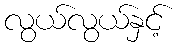
လွယ်လွယ်နှင့်